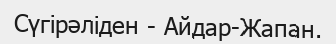
Сүгірәліден - Айдар-Жапан.